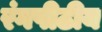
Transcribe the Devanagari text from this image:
रंगपीठीय